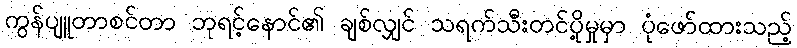
ကွန်ပျူတာစင်တာ ဘုရင့်နောင်၏ ချစ်လျှင် သရက်သီးတင်ပို့မှုမှာ ပုံဖော်ထားသည့်